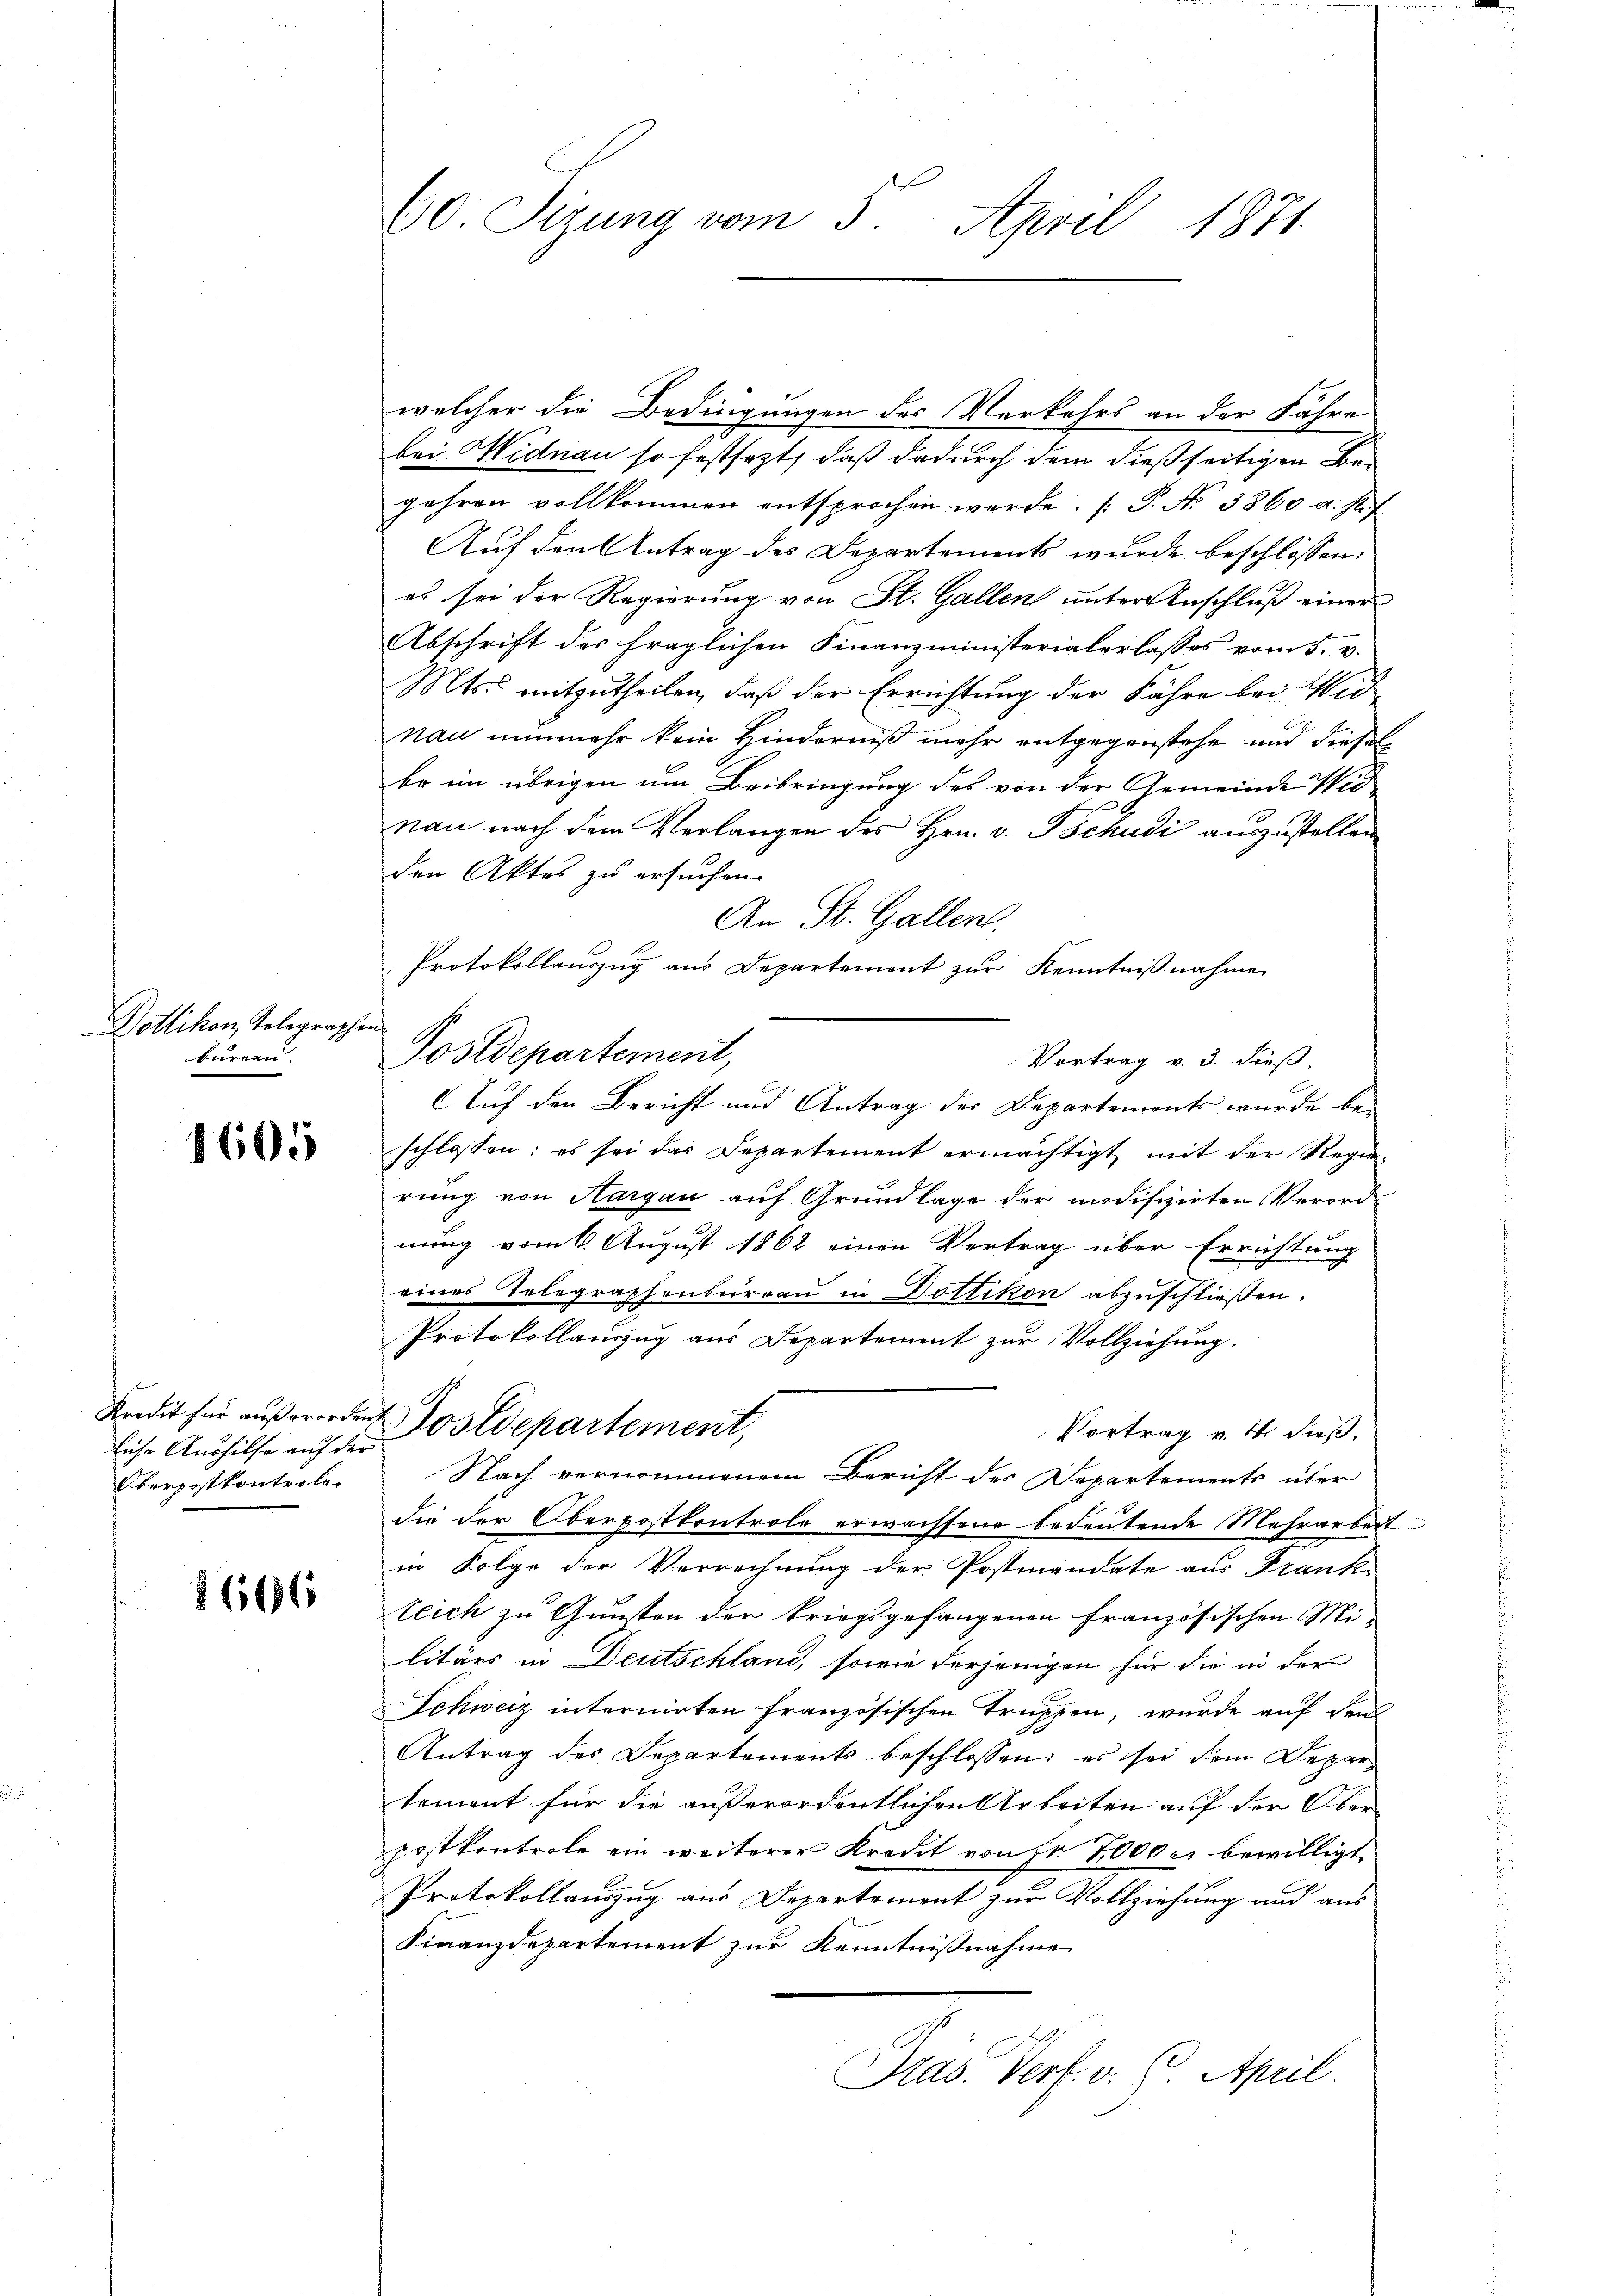
Dottikon, Telegraphen
kurren.

1605

liche Aushilfe auf der
Oberpostkontrole

§606

welcher die Bedingungen des Verkehrs an der Fähre
bei Widnau so festsezt, daß dadurch dem dießseitigen Be¬
Jahren vollkommen entsprochen werde. P. Nr. 3860 a. Stif
Auf den Antrag des Departements wurde beschlossen:
es sei der Regierung von St. Gallen unter Anschluß einer
Abschrift des fraglichen Finanzministerialerlasses vom 5. v.
Mts. mitzutheilen, daß der Errichtung der Fähre bei Wid
nau nunmehr kein Hinderniß mehr entgegenstehe und diesel
be im übrigen um Beibringung des von der Gemeinde Wid-
nau nach dem Verlangen des Hrn. v. Tschudi auszustellen
den Aktes zu ersuchen.
An St. Gallen.
Protokollauszug aus Departement zur Kenntnißnahme
Postdepartement,
Vortrag v. 3. dieß,
Auf den Bericht und Antrag der Departements wurde beschlossen: es sei das Departement ermächtigt mit der Regie-
rung von Hargau auf Grundlage der modifizirten Verordnung vom 6. August 1862 einen Vertrag über Errichtung
eines Telegraphenbureau in Dottikon abzuschließen.
Protokollauszug aus Departement zur Vollziehung.
Kredit für außerorden Postdepartement,
Vortrag v. 4. dieß,
Nach vernommenem Bericht des Departements über
die der Oberpostkontrole erwachsene bedeutende Mehrarbeit
in Folge der Verrechnung der Postmandate aus Frank
teich zu Gunsten der kriegsgefangenen französischen Mi-
litärs in Deutschland, sowie derjenigen für die in der
Schweiz internirten französischen Truppen, wurde auf den
Antrag des Departements beschlossen: es sei dem Depar-
tement für die außerordentlichen Arbeiten auf der Ober
postkontrole ein weiterer Kredit von Fr. 7000 bewilligt
Protokollauszug aus Departement zur Vollziehung und aus
Finanzdepartement zur Kenntnißnahme
Pras. Verf. v. 6. April.

60 Sizung vom 5. April 1871.